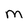
Character: M